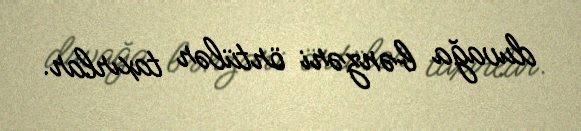
duvağa bənzəri örtülər taxırlar.